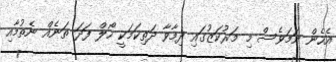
އެހެން ނަމަވެސް މި މަރުކަޒުގައި ދިމާވާ ދަތިކަމަކީ ހޯލް ފަދަ ތަނެއް ނެތުމާއި